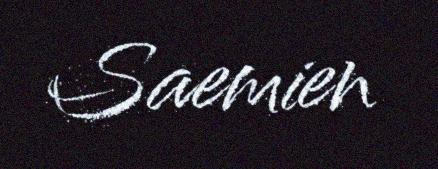
Saemien